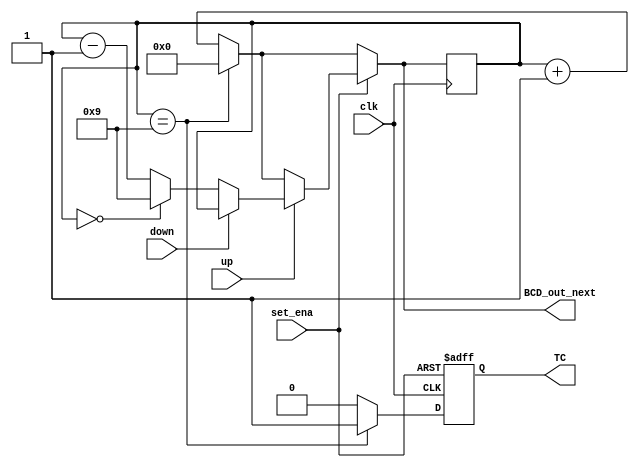
module mod_N_counter(clk, set_ena, up, down, BCD_out_next, TC);
	
	parameter TOP_VALUE = 9;
	//reg [3:0]TOP_VALUE = 4'd9;

	
	input clk;
	//input CLOCK_50;
	input set_ena;
	input up, down;
	output reg [3:0] BCD_out_next;
	reg [3:0]BCD_out = 0;
	output reg TC;
	
	//reg [3:0]counter = 4'b0;
	always@(*) begin
		BCD_out_next = BCD_out;
		if (set_ena == 1'b0) begin
			if (BCD_out == TOP_VALUE) BCD_out_next = 0;
			else BCD_out_next = BCD_out + 1'b1;
		end
		else if (up == 1'b0) begin
				if (BCD_out == TOP_VALUE) BCD_out_next = 0;
				else BCD_out_next = BCD_out + 1'b1;
			end
			else if (down == 1'b0) begin
				if (BCD_out == 0) BCD_out_next = TOP_VALUE;
				else BCD_out_next = BCD_out - 1'b1;
			end
			else BCD_out_next = BCD_out;
		
	end
	always@(posedge clk) begin
		BCD_out <= BCD_out_next;
		
	end
	
	always@(posedge clk or posedge set_ena) begin
		if (set_ena == 1'b1) TC <= 1'b0; 
		else if (BCD_out == TOP_VALUE) TC <= 1'b1;
		else TC <= 1'b0;
	end
	//assign BCD_out = counter;
	
endmodule